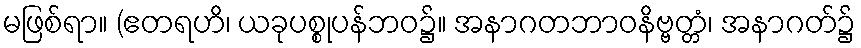
မဖြစ်ရာ။ (ဧတရဟိ၊ ယခုပစ္စုပန်ဘဝ၌။ အနာဂတဘာဝနိဗ္ဗတ္တံ၊ အနာဂတ်၌